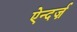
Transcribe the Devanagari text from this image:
ऐन्दर्ज़